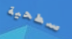
سطحية